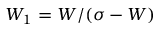
W _ { 1 } = W / ( \sigma - W )